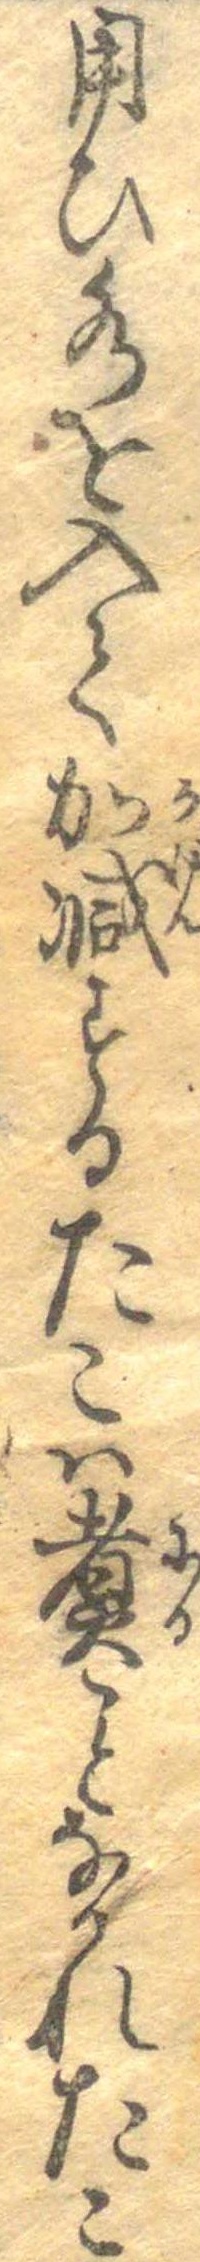
用ひ水を入て加減するたこは煮ことなかれたこ